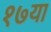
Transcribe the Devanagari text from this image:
१७या